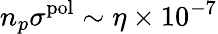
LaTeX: n_{p}\sigma^{\mathrm{pol}}\sim\eta\times 10^{-7}